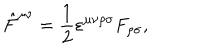
\hat { F } ^ { \mu \nu } = \frac { 1 } { 2 } \varepsilon ^ { \mu \nu \rho \sigma } F _ { \rho \sigma } ,